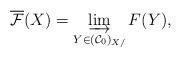
\begin{align*}\overline{\mathcal F}(X) = \varinjlim_{Y \in (\mathcal C_0)_{X/}} F(Y),\end{align*}